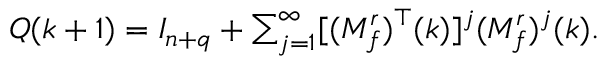
Q ( k + 1 ) = I _ { n + q } + \textstyle \sum _ { j = 1 } ^ { \infty } [ ( M _ { f } ^ { r } ) ^ { \top } ( k ) ] ^ { j } ( M _ { f } ^ { r } ) ^ { j } ( k ) .